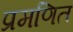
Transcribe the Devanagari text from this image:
प्रमणित